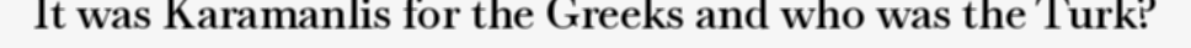
It was Karamanlis for the Greeks and who was the Turk?